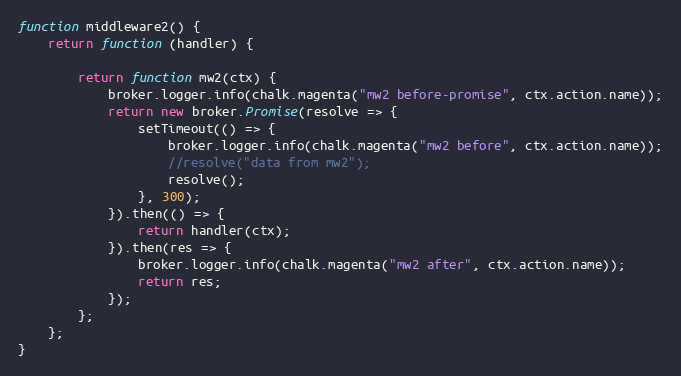
Language: JavaScript
function middleware2() {
	return function (handler) {

		return function mw2(ctx) {
			broker.logger.info(chalk.magenta("mw2 before-promise", ctx.action.name));
			return new broker.Promise(resolve => {
				setTimeout(() => {
					broker.logger.info(chalk.magenta("mw2 before", ctx.action.name));
					//resolve("data from mw2");
					resolve();
				}, 300);
			}).then(() => {
				return handler(ctx);
			}).then(res => {
				broker.logger.info(chalk.magenta("mw2 after", ctx.action.name));
				return res;
			});
		};
	};
}